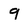
Character: 9